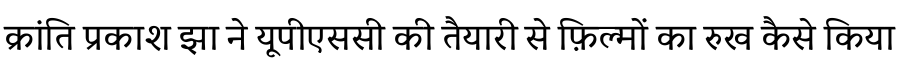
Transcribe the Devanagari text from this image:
क्रांति प्रकाश झा ने यूपीएससी की तैयारी से फ़िल्मों का रुख कैसे किया